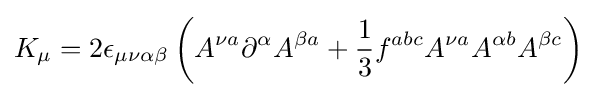
K_{\mu }=2\epsilon _{\mu \nu \alpha \beta }\left(A^{\nu a}\partial ^{\alpha }A^{\beta a}+{\frac {1}{3}}f^{abc}A^{\nu a}A^{\alpha b}A^{\beta c}\right)